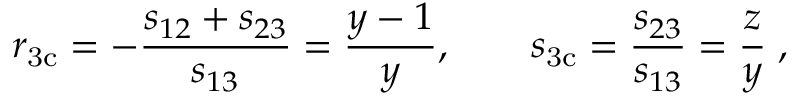
r _ { \mathrm { 3 c } } = - \frac { s _ { 1 2 } + s _ { 2 3 } } { s _ { 1 3 } } = \frac { y - 1 } { y } , \qquad s _ { \mathrm { 3 c } } = \frac { s _ { 2 3 } } { s _ { 1 3 } } = \frac { z } { y } \; ,